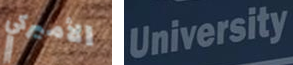
الأميركي University